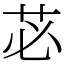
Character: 苾